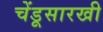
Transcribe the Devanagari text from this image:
चेंडूसारखी